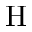
\mathrm { H }